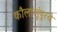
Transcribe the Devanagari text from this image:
कौलालूंपूरचे